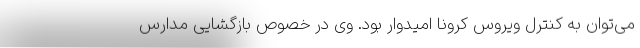
می‌توان به کنترل ویروس کرونا امیدوار بود. وی در خصوص بازگشایی مدارس